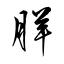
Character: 羘